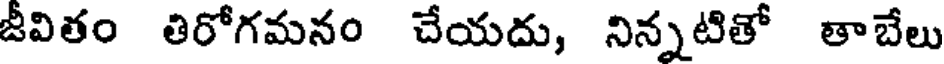
జీవితం తిరోగమనం చేయదు, నిన్నటితో తాబేలు